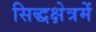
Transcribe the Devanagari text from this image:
सिद्धक्षेत्रमें